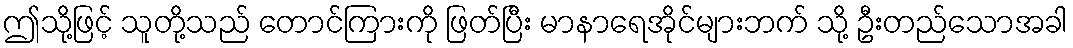
ဤသို့ဖြင့် သူတို့သည် တောင်ကြားကို ဖြတ်ပြီး မာနာရေအိုင်များဘက် သို့ ဦးတည်သောအခါ